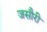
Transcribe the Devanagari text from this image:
जसौरी